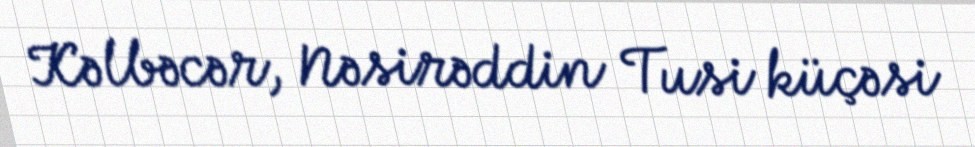
Kəlbəcər, Nəsirəddin Tusi küçəsi